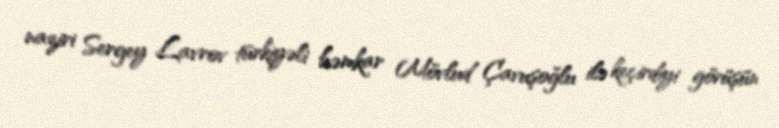
naziri Sergey Lavrov türkiyəli həmkar Mövlud Çavuşoğlu ilə keçirdiyi görüşün